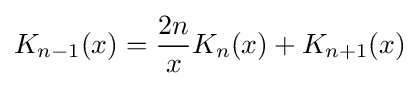
K_{n-1}(x)={\frac {2n}{x}}K_{n}(x)+K_{n+1}(x)